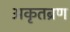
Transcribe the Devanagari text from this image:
अकृतब्रण